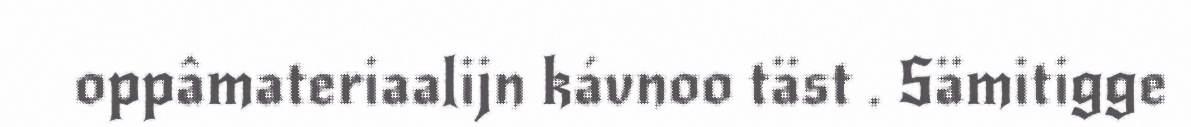
oppâmateriaalijn kávnoo täst . Sämitigge